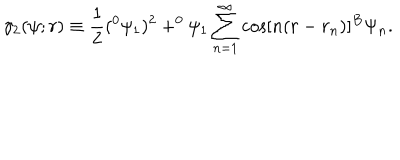
\gamma _ { 2 } ( \psi ; r ) \equiv \frac 1 2 ( ^ { 0 } \psi _ { 1 } ) ^ { 2 } + ^ { 0 } \psi _ { 1 } \sum _ { n = 1 } ^ { \infty } \cos [ n ( r - r _ { n } ) ] ^ { B } \Psi _ { n } .